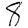
Digit: 8